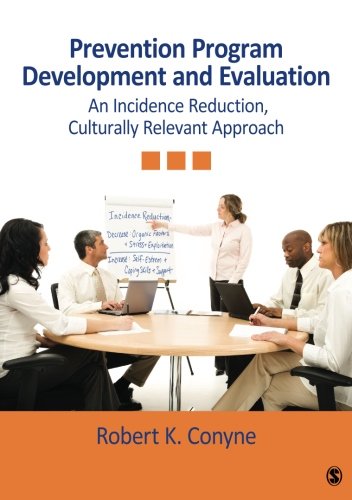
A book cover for Prevention Program Development and Evaluation: An Incidence Reduction, Culturally Relevant Approach; Robert K. Conyne; Medical Books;